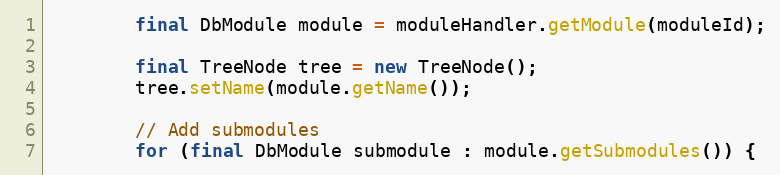
Language: Java
        final DbModule module = moduleHandler.getModule(moduleId);

        final TreeNode tree = new TreeNode();
        tree.setName(module.getName());

        // Add submodules
        for (final DbModule submodule : module.getSubmodules()) {